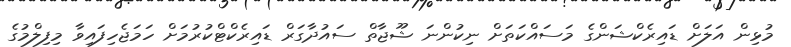
މުޅިން އަލަށް ޑައިރެކްޝަންގެ މަސައްކަތަށް ނިކުންނަ ޝޫޖާތް ސައުދާގަރް ޑައިރެކްޓްކުރުމަށް ހަމަޖެހިފައިވާ މިފިލްމުގެ